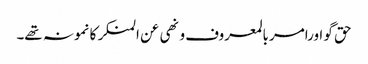
حق گو اورامر بالمعروف و نھی عن المنکر کا نمونہ تھے۔